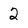
Character: 2